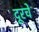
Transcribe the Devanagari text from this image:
दूरचें